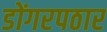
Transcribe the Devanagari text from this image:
डोंगरपठार